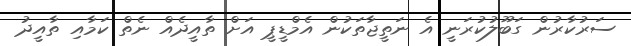
ސަރުކާރުން ގަބޫލުކުރަނީ އެ ނަތީޖާތަކުން އެމްޑީޕީ އަށް ތާއީދެއް ނެތް ކަމާއި ތާއީދު